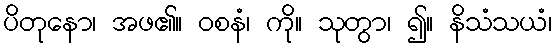
ပိတုနော၊ အဖ၏။ ဝစနံ၊ ကို။ သုတွာ၊ ၍။ နိသံသယံ၊